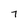
Character: 7